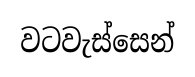
වටවැස්සෙන්